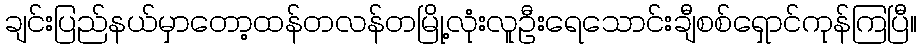
ချင်းပြည်နယ်မှာတော့ထန်တလန်တမြို့လုံးလူဦးရေသောင်းချီစစ်ရှောင်ကုန်ကြပြီ။